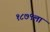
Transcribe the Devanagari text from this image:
१८७९ला